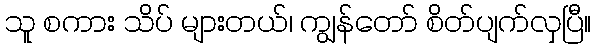
သူ စကား သိပ် များတယ်၊ ကျွန်တော် စိတ်ပျက်လှပြီ။